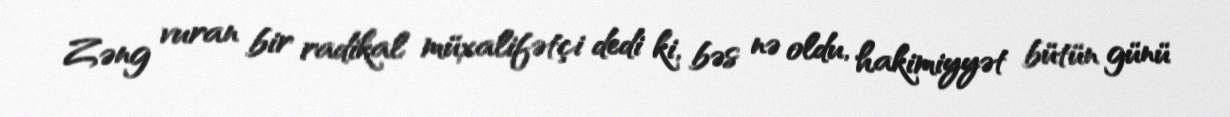
Zəng vuran bir radikal müxalifətçi dedi ki, bəs nə oldu, hakimiyyət bütün günü